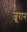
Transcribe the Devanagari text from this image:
जूरान